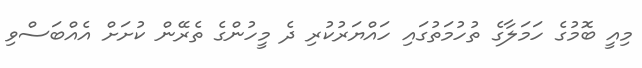
މިއީ ބޮމުގެ ހަމަލާގެ ތުހުމަތުގައި ހައްޔަރުކުރި ދެ މީހުންގެ ތެރޭން ކުށަށް އެއްބަސްވި